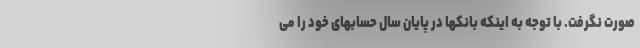
صورت نگرفت. با توجه به اینکه بانکها در پایان سال حسابهای خود را می